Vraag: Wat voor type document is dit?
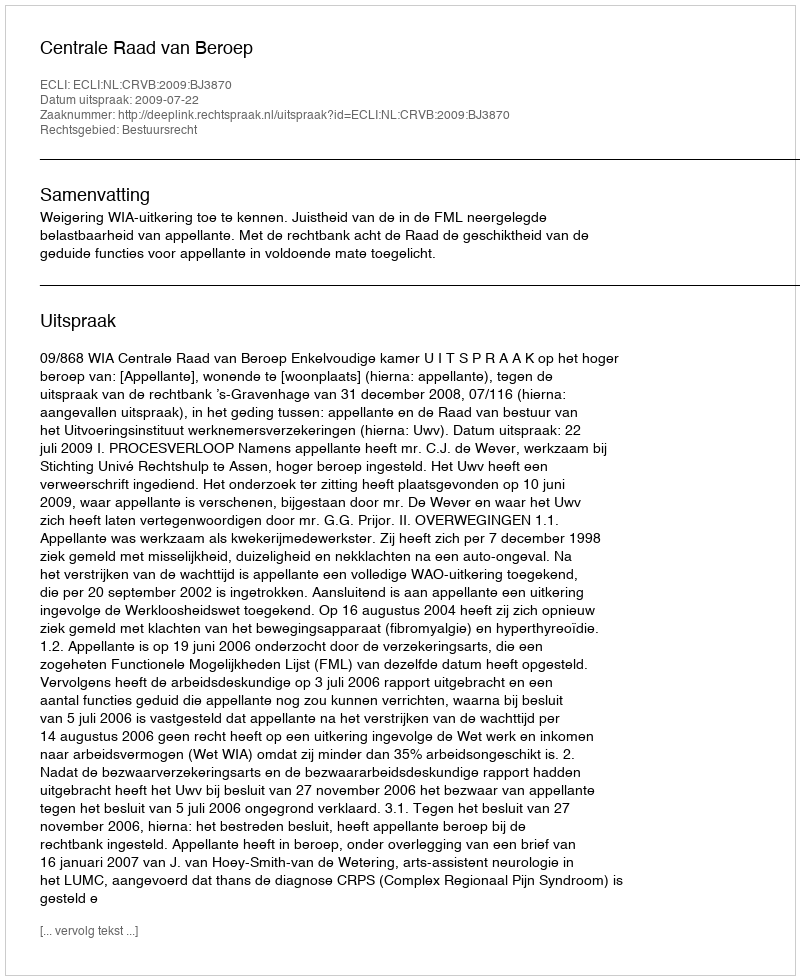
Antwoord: Uitspraak